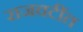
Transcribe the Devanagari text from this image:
राजवटींत